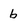
Character: b